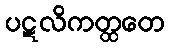
ပဋလိကတ္ထတေ